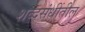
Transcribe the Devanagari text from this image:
शब्दसंधींतील